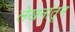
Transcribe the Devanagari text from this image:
लेखनांतून